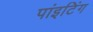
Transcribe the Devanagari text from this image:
पांइटिंग